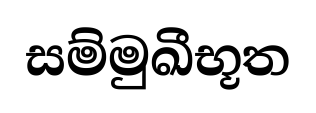
සම්මුඛීභූත